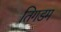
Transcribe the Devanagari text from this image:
तिगडम